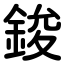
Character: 鋑